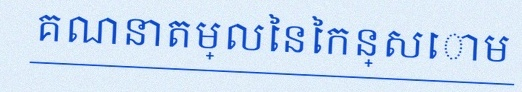
គណនាតម្លៃនៃកន្សោម